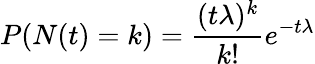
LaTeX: P(N(t)=k)={\frac{(t\lambda)^{k}}{k!}}e^{-t\lambda}